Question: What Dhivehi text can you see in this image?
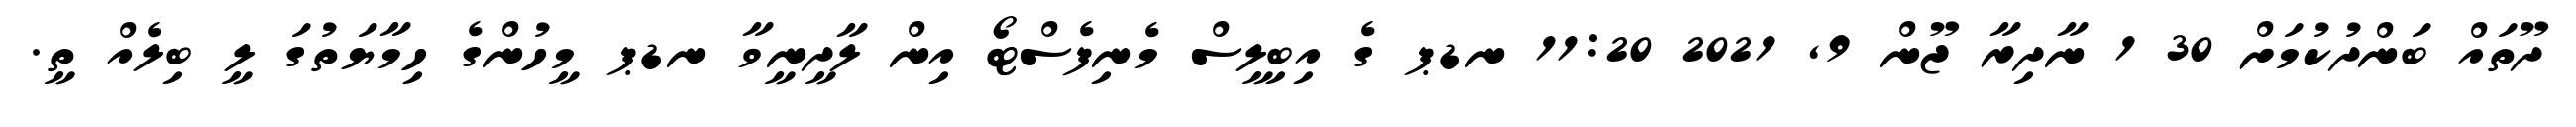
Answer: ދޫތައް ބަންދުކުމަށް 30 1 ނާދިރާ ޖޫން 9, 2021 11:20 ނޑޕ ގެ އިބިލީސް މެނިފެސްޓޯ އިން ލާދީނީވާ ނޑޕ މީހުންގެ ހިމާޔަތުގަ ލީ ބިލެއް ތީ.